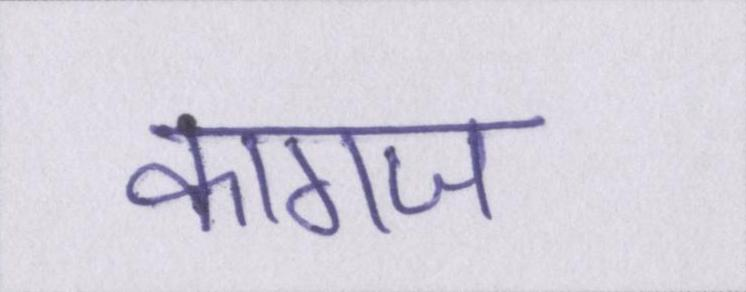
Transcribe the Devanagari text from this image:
कागज